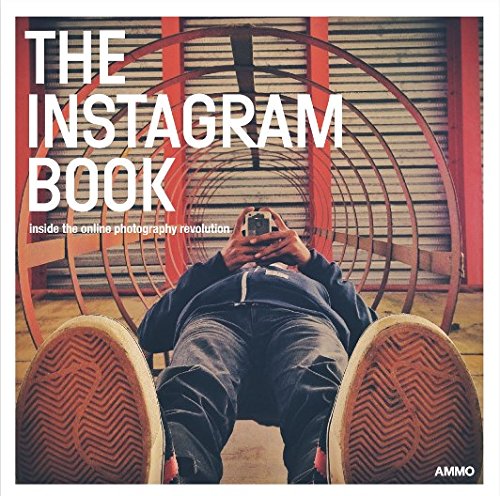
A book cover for The Instagram Book: Inside The Online Photography Revolution; Arts & Photography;